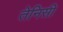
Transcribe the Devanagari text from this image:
तेनिसी